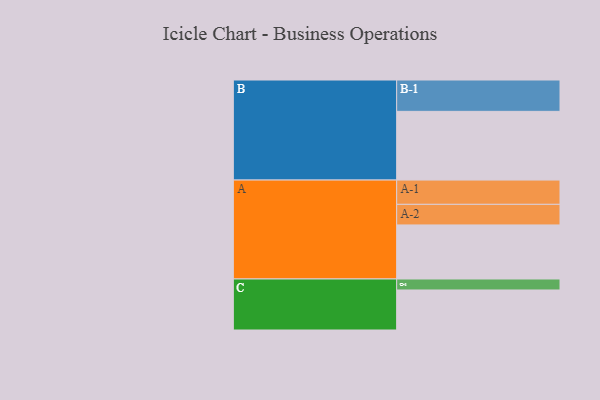
{"axis": {"x": "Segment", "y": "Value"}, "legend": ["", "A", "B", "C"], "data": [{"x": "A", "y": 443, "type": ""}, {"x": "B", "y": 563, "type": ""}, {"x": "C", "y": 328, "type": ""}, {"x": "A-1", "y": 199, "type": "A"}, {"x": "A-2", "y": 169, "type": "A"}, {"x": "B-1", "y": 257, "type": "B"}, {"x": "C-1", "y": 90, "type": "C"}]}